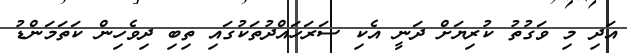
އަދި މި ވަގުތު ކުރިޔަށް ދަނީ އެކި ސަރަހައްދުތަކުގައި ތިބި ދިވެހިން ކަތަމަންޑު